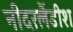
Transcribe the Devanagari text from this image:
नीदरलैंडीश